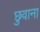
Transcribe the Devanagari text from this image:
छुवाना